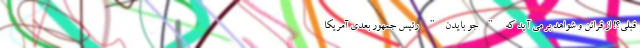
قبلی؟! از قرائن و شواهد بر می آید که "جو بایدن" رئیس جمهور بعدی آمریکا